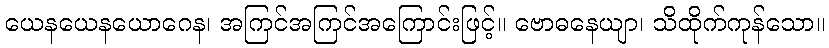
ယေနယေနယောဂေန၊ အကြင်အကြင်အကြောင်းဖြင့်။ ဗောဓနေယျာ၊ သိထိုက်ကုန်သော။